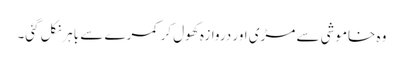
وہ خاموشی سے مڑی اور دروازہ کھول کر کمرے سے باہرنکل گئی۔